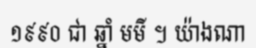
១៩៩០ ជា ឆ្នាំ មមី ។ យ៉ាងណា